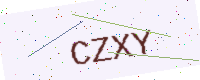
Text: CZXY